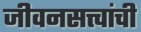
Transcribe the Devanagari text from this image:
जीवनसत्त्वांची